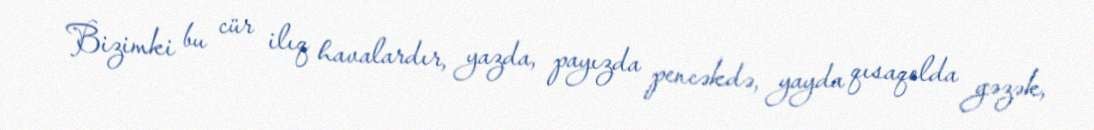
Bizimki bu cür ilıq havalardır, yazda, payızda pencəkdə, yayda qısaqolda gəzək,